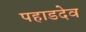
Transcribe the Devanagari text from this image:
पहाडदेव